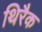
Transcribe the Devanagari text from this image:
थिरैक